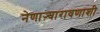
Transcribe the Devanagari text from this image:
नेणाऱ्यारावणाशी